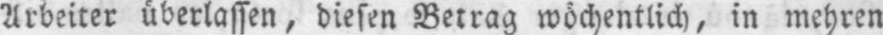
Arbeiter überlassen, diesen Betrag wöchentlich, in mehren